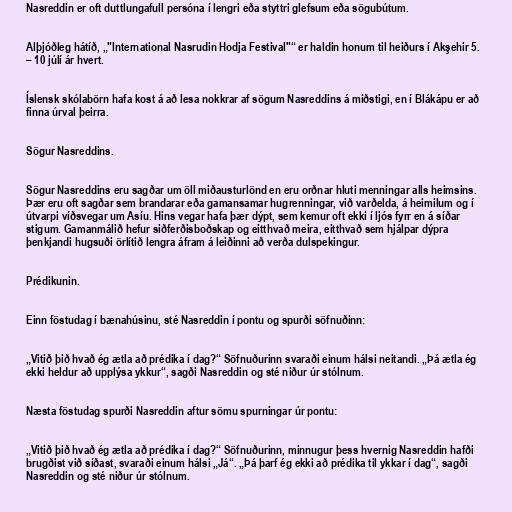
Nasreddin er oft duttlungafull persóna í lengri eða styttri glefsum eða sögubútum.

Alþjóðleg hátíð, „"International Nasrudin Hodja Festival"“ er haldin honum til heiðurs í Akşehir 5.
– 10 júlí ár hvert.

Íslensk skólabörn hafa kost á að lesa nokkrar af sögum Nasreddins á miðstigi, en í Blákápu er að
finna úrval þeirra.

Sögur Nasreddins.

Sögur Nasreddins eru sagðar um öll miðausturlönd en eru orðnar hluti menningar alls heimsins.
Þær eru oft sagðar sem brandarar eða gamansamar hugrenningar, við varðelda, á heimilum og í
útvarpi víðsvegar um Asíu. Hins vegar hafa þær dýpt, sem kemur oft ekki í ljós fyrr en á síðar
stigum. Gamanmálið hefur siðferðisboðskap og eitthvað meira, eitthvað sem hjálpar dýpra
þenkjandi hugsuði örlítið lengra áfram á leiðinni að verða dulspekingur.

Prédikunin.

Einn föstudag í bænahúsinu, sté Nasreddin í pontu og spurði söfnuðinn:

„Vitið þið hvað ég ætla að prédika í dag?“ Söfnuðurinn svaraði einum hálsi neitandi. „Þá ætla ég
ekki heldur að upplýsa ykkur“, sagði Nasreddin og sté niður úr stólnum.

Næsta föstudag spurði Nasreddin aftur sömu spurningar úr pontu:

„Vitið þið hvað ég ætla að prédika í dag?“ Söfnuðurinn, minnugur þess hvernig Nasreddin hafði
brugðist við síðast, svaraði einum hálsi „Já“. „Þá þarf ég ekki að prédika til ykkar í dag“, sagði
Nasreddin og sté niður úr stólnum.